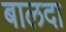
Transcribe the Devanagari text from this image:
बालदा